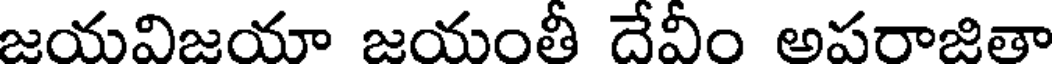
జయవిజయా జయంతీ దేవీం అపరాజితా